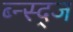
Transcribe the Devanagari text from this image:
ब्न्स्द्ज